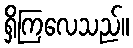
ရှိကြလေသည်။